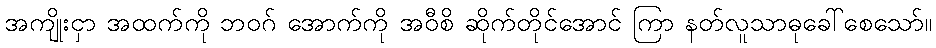
အကျိုးငှာ အထက်ကို ဘဝဂ် အောက်ကို အဝီစိ ဆိုက်တိုင်အောင် ကြာ နတ်လူသာဓုခေါ်စေသော်။